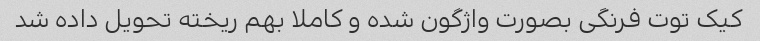
کیک توت فرنگی بصورت واژگون شده و کاملا بهم ریخته تحویل داده شد